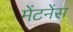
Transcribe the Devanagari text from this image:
मेंटनेंस